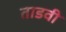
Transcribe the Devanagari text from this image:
ताडवी